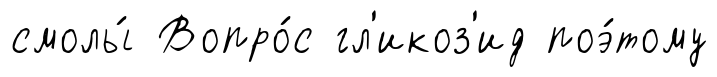
смолы́ Вопро́с гл'икоз'ид поэ́тому